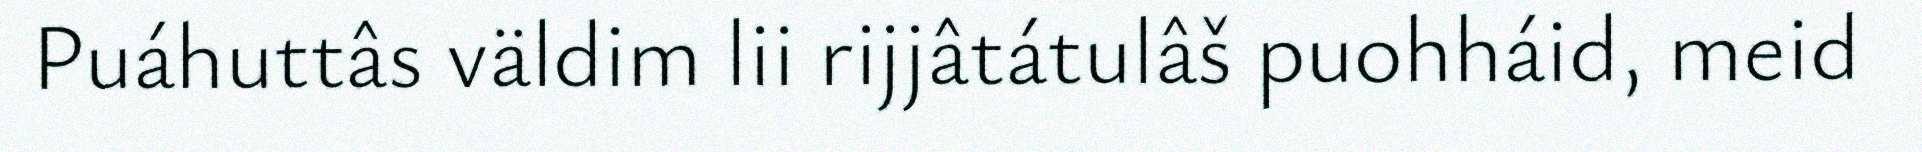
Puáhuttâs väldim lii rijjâtátulâš puohháid, meid